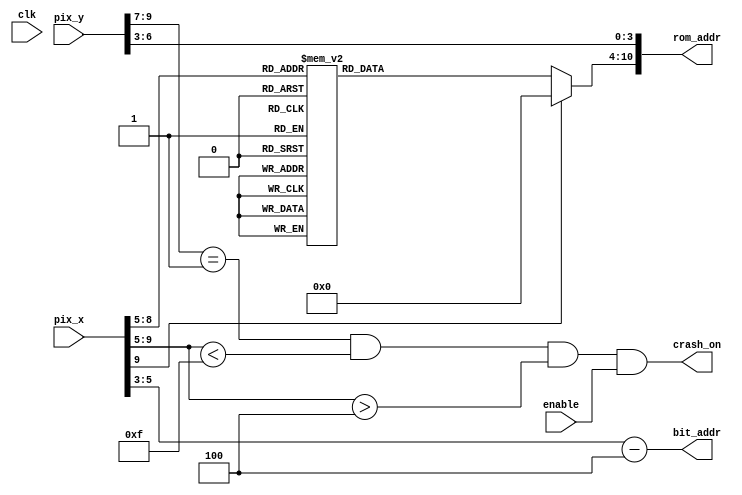
`timescale 1ns / 1ps


module game_over(
input wire clk, enable,
input wire [9:0] pix_x, pix_y,
output wire crash_on,
output wire [2:0] bit_addr,
output wire [10:0] rom_addr);


wire [3:0] row_addr;
reg [6:0] char_addr;

assign row_addr = pix_y [6:3];
//each char is 64 pixel in x direction, full screen can have 10 chars
//to put the text in the middle, I have 2.5 chars spcae on each side
//I need to shift the bit_addr
assign bit_addr = pix_x [5:3]-3'd4;
assign rom_addr = {char_addr, row_addr};
assign crash_on = (pix_y [9: 7] ==1) && (pix_x [9: 5] <15)
                     && (pix_x [9: 5] >4) && enable;
 
always @*
case (pix_x [9:5])
5'h5,5'h6: char_addr = 7'h43; // C
5'h7,5'h8: char_addr = 7'h72; // r
5'h9,5'ha: char_addr = 7'h61; // a
5'hb,5'hc: char_addr = 7'h73; // s
5'hd,5'he: char_addr = 7'h68; // h
default: char_addr = 7'h00; // 
endcase

endmodule